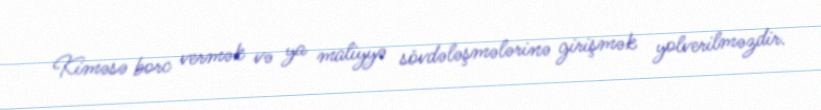
Kiməsə borc vermək və ya maliyyə sövdələşmələrinə girişmək yolverilməzdir.